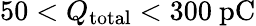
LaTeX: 50<Q_{\mathrm{total}}<300~\mathrm{pC}